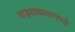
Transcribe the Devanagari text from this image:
घड्याळ्यामध्ये